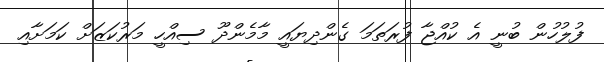
ފުލުހުން ބުނީ އެ ކުއްޖާ ފުރަތަމަ ގެންދިޔައީ މާމެންދޫ ސިއްހީ މަރުކަޒަށް ކަމަށާއި